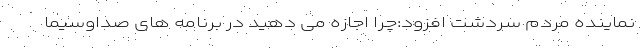
نماینده مردم سردشت افزود:چرا اجازه می دهید در برنامه های صداوسیما